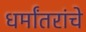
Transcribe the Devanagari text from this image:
धर्मांतरांचे